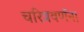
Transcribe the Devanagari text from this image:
चरित्रवर्णन।